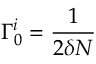
\Gamma _ { 0 } ^ { i } = \frac { 1 } { 2 \delta N }